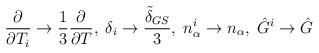
LaTeX: \begin{align*}\frac{\partial}{\partial{T_i}}\rightarrow\frac{1}{3}\frac{\partial}{\partial{T}},\;\delta_i\rightarrow\frac{\tilde{\delta}_{GS}}{3},\;n_{\alpha}^i\rightarrow n_{\alpha},\;\hat{G}^i\rightarrow \hat{G}\end{align*}